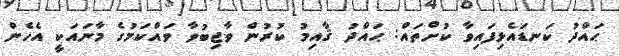
ޙައްދު ކަނޑައެޅިފައިވާ ކުށްތައް: ޙައްދު ޤާއިމު ކުރުން ވާޖިބުވާ ވައްކަމުގެ މާނައަކީ އެހެން